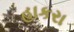
હાકરા